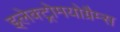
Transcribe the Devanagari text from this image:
इलेक्ट्रोमयोग्रैम्स